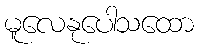
မူလေနုပေါသထော